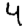
Digit: 4